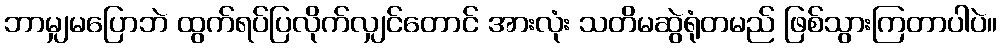
ဘာမျှမပြောဘဲ ထွက်ရပ်ပြလိုက်လျှင်တောင် အားလုံး သတိမဆွဲရုံတမည် ဖြစ်သွားကြတာပါပဲ။